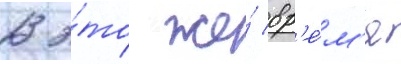
В э́то же́ вр'е́м'я